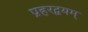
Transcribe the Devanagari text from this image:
प्रहरद्वयम्